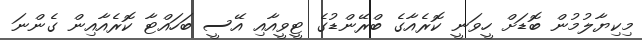
މިކިޔާލުމުން ބޮޑަށް ހީވަނީ ކޮރެއާގެ ބްރޭންޑުގެ ޓީވީއާއި އޭސީ ބަހައްޓާ ކޮރެއާއިން ގެންނަ